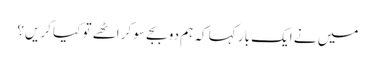
میں نے ایک بار کہا کہ ہم دو بجے سو کر اٹھے تو کیا کریں؟